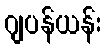
ဂျပန်ယန်း